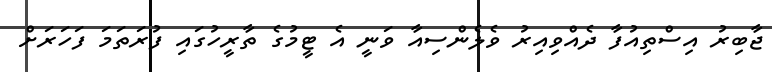
ޖާބިރު އިސްތިއުފާ ދެއްވިއިރު ވެލެންސިއާ ވަނީ އެ ޓީމުގެ ތާރީހުގައި ފުރަތަމަ ފަހަރަށް